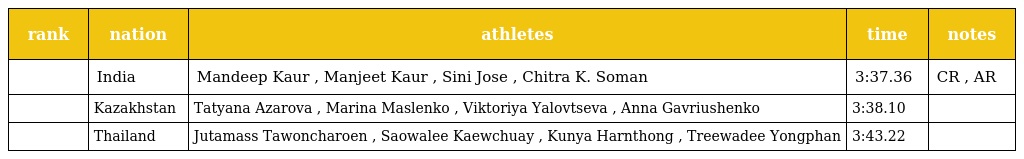
| rank | nation | athletes | time | notes |
 | --- | --- | --- | --- | --- |
 |  | India | Mandeep Kaur , Manjeet Kaur , Sini Jose , Chitra K. Soman | 3:37.36 | CR , AR |
 |  | Kazakhstan | Tatyana Azarova , Marina Maslenko , Viktoriya Yalovtseva , Anna Gavriushenko | 3:38.10 |  |
 |  | Thailand | Jutamass Tawoncharoen , Saowalee Kaewchuay , Kunya Harnthong , Treewadee Yongphan | 3:43.22 |  |